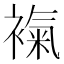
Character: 𧜃